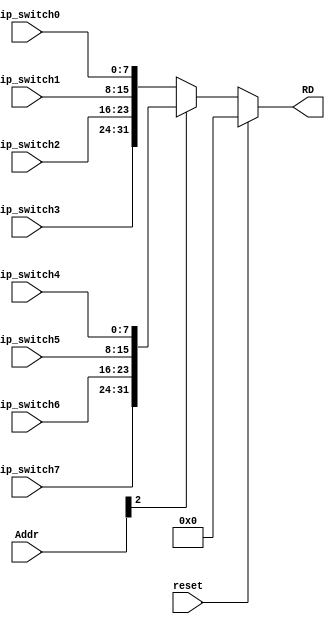
module driver_dipswitch(
    output [31:0] RD,
    input [4:2] Addr,
	 input reset,
    input [7:0] dip_switch0,
	 input [7:0] dip_switch1,
	 input [7:0] dip_switch2,
	 input [7:0] dip_switch3,
	 input [7:0] dip_switch4,
	 input [7:0] dip_switch5,
	 input [7:0] dip_switch6,
	 input [7:0] dip_switch7
    );
	wire [31:0] group3_0 = {dip_switch3, dip_switch2, dip_switch1, dip_switch0}; 
	wire [31:0] group7_4 = {dip_switch7, dip_switch6, dip_switch5, dip_switch4}; 
	
	assign RD = (reset) ? 0 :
					(Addr[4]) ? group7_4 :
					group3_0;

endmodule